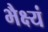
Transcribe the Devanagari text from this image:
भैक्ष्यं